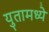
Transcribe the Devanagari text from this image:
युतामध्ये